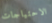
الاحتياجات